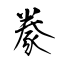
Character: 豢